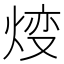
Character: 𤊰